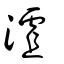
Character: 𣻐